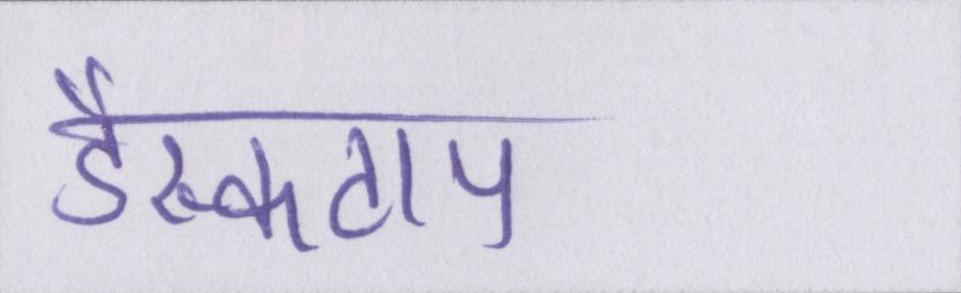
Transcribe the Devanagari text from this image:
डैस्कटाप